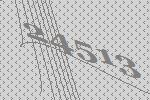
24513